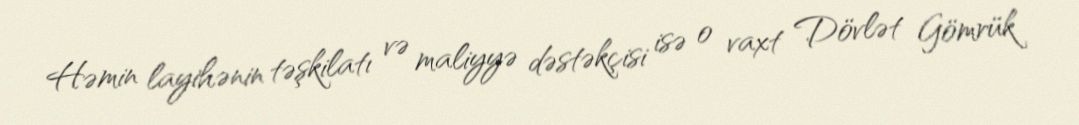
Həmin layihənin təşkilatı və maliyyə dəstəkçisi isə o vaxt Dövlət Gömrük